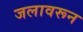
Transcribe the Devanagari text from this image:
जलावरून